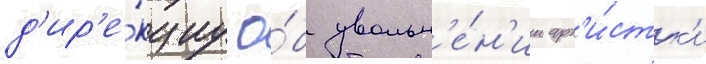
д'ир'е́кциу о́б увольн'е́н'ии арт'и́стк'и